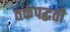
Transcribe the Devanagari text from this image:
तर्कपद्धती